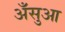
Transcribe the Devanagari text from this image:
अँसुआ